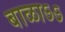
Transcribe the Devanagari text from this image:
बाळाऽऽ